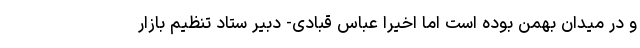
و در میدان بهمن بوده است اما اخیرا عباس قبادی- دبیر ستاد تنظیم بازار